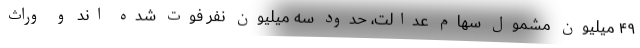
۴۹ میلیون مشمول سهام عدالت، حدود سه میلیون نفر فوت شده اند و وراث